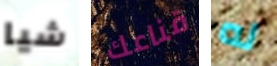
شيا قناعك له